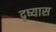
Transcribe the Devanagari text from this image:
दृष्यास